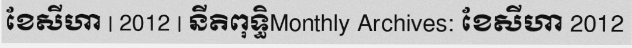
ខែសីហា | 2012 | នីតិពុទ្ធិMonthly Archives: ខែសីហា 2012